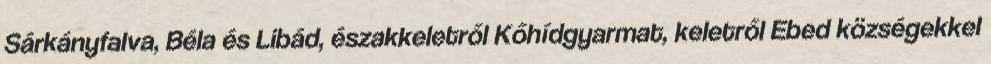
Sárkányfalva, Béla és Libád, északkeletről Kőhídgyarmat, keletről Ebed községekkel